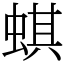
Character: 蜞